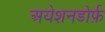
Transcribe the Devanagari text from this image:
अयेशनडोर्फ़